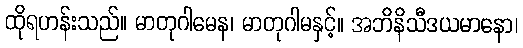
ထိုရဟန်းသည်။ မာတုဂါမေန၊ မာတုဂါမနှင့်။ အဘိနိသီဒယမာနော၊